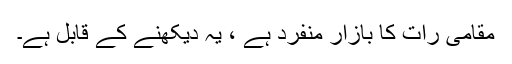
مقامی رات کا بازار منفرد ہے ، یہ دیکھنے کے قابل ہے۔